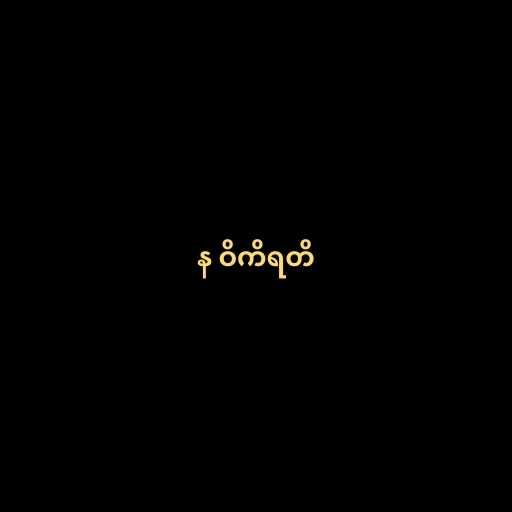
န ဝိကိရတိ